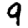
Digit: 9